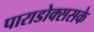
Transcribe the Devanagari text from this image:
पाराडोक्ससके